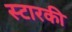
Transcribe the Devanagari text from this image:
स्टारकी